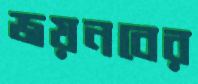
জয়নবের